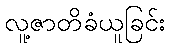
လူ့ဇာတိခံယူခြင်း